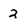
Character: 2